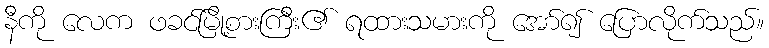
နီကို လေက ဖခင်မြို့စားကြီး၏ ရထားသမားကို အော်၍ ပြောလိုက်သည်။